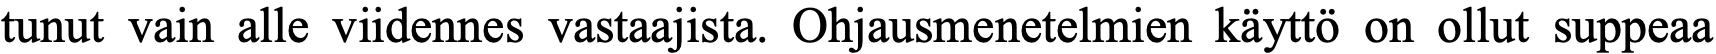
tunut vain alle viidennes vastaajista. Ohjausmenetelmien käyttö on ollut suppeaa